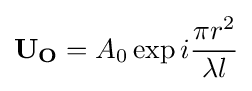
\mathbf {U_{O}} =A_{0}\exp i{\frac {\pi r^{2}}{\lambda l}}